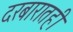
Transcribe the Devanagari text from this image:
दरबारातही